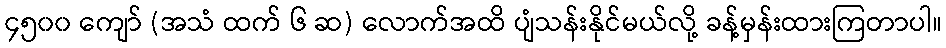
၄၅၀၀ ကျော် (အသံ ထက် ၆ ဆ) လောက်အထိ ပျံသန်းနိုင်မယ်လို့ ခန့်မှန်းထားကြတာပါ။